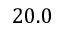
2 0 . 0